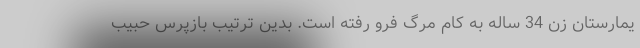
یمارستان زن 34 ساله به کام مرگ فرو رفته است. بدین ترتیب بازپرس حبیب